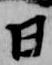
日